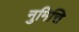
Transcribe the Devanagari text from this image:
नुमित्ति